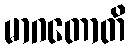
မာဂတောတိ